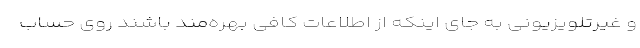
و غیرتلویزیونی به جای اینکه از اطلاعات کافی بهره‌مند باشند روی حساب